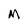
Character: M